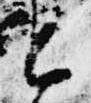
と